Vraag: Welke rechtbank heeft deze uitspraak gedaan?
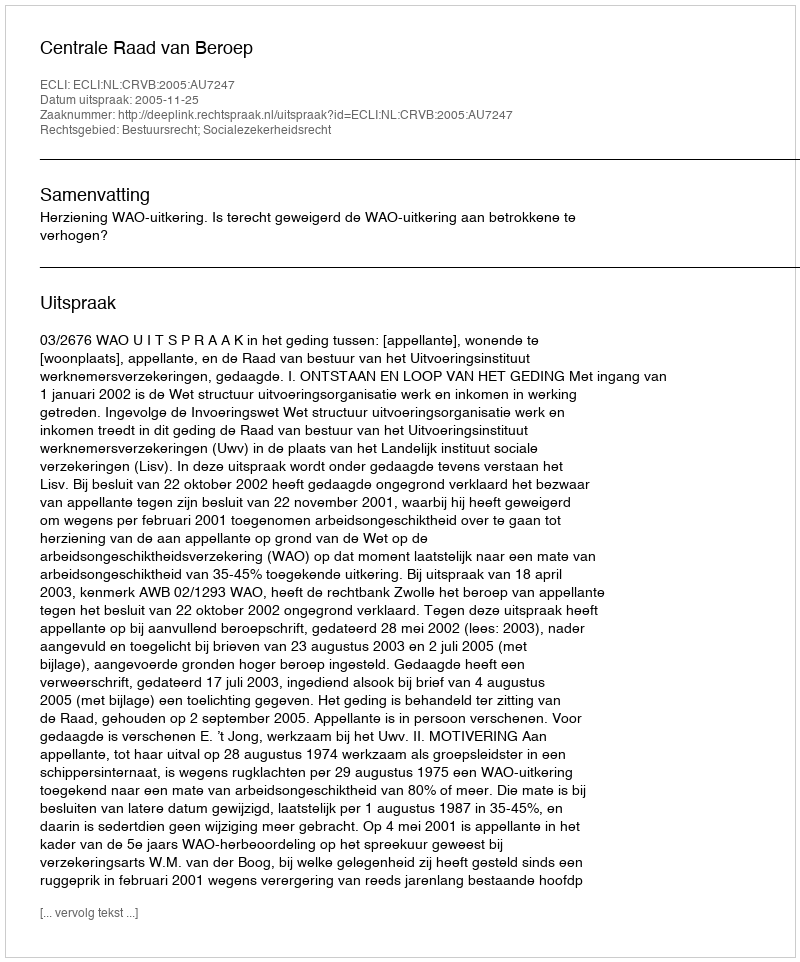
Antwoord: Centrale Raad van Beroep